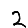
Digit: 2